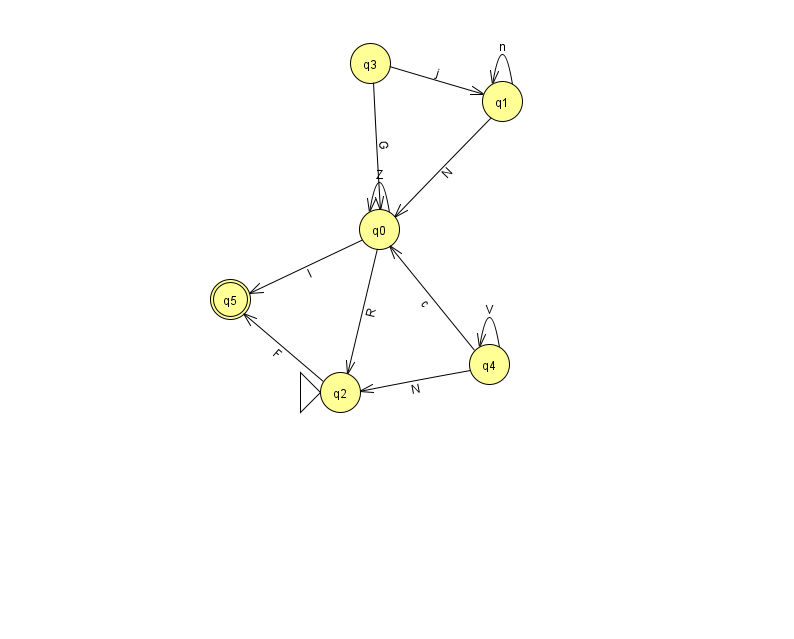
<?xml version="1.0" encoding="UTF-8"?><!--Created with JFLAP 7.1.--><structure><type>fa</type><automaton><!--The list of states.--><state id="0" name="q0"><x>379.0</x><y>216.0</y></state><state id="1" name="q1"><x>502.0</x><y>88.0</y></state><state id="2" name="q2"><x>340.0</x><y>379.0</y><initial/></state><state id="3" name="q3"><x>370.0</x><y>50.0</y></state><state id="4" name="q4"><x>489.0</x><y>351.0</y></state><state id="5" name="q5"><x>230.0</x><y>286.0</y><final/></state><!--The list of transitions.--><transition><from>4</from><to>0</to><read>c</read></transition><transition><from>0</from><to>2</to><read>R</read></transition><transition><from>4</from><to>4</to><read>V</read></transition><transition><from>0</from><to>5</to><read>I</read></transition><transition><from>3</from><to>1</to><read>j</read></transition><transition><from>1</from><to>0</to><read>N</read></transition><transition><from>2</from><to>5</to><read>F</read></transition><transition><from>0</from><to>0</to><read>Z</read></transition><transition><from>3</from><to>0</to><read>G</read></transition><transition><from>4</from><to>2</to><read>N</read></transition><transition><from>1</from><to>1</to><read>n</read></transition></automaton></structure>